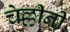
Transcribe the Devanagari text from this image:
चेल्लीनी